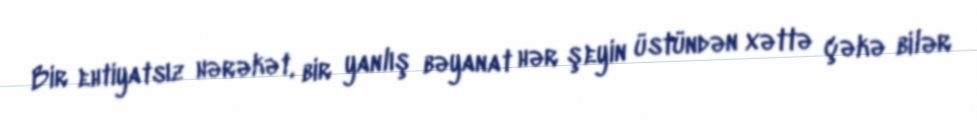
Bir ehtiyatsız hərəkət, bir yanlış bəyanat hər şeyin üstündən xəttə çəkə bilər